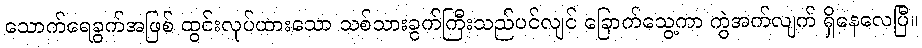
သောက်ရေခွက်အဖြစ် ထွင်းလုပ်ထားသော သစ်သားခွက်ကြီးသည်ပင်လျင် ခြောက်သွေ့ကာ ကွဲအက်လျက် ရှိနေလေပြီ။